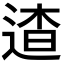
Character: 𨓳